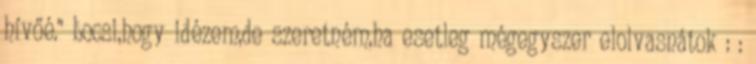
hívőé." bocsi,hogy idézem,de szeretném,ha esetleg mégegyszer elolvasnátok : :